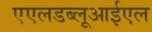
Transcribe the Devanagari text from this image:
एएलडब्लूआईएल